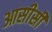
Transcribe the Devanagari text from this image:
आसीसी